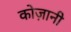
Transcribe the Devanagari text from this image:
कोज़ानी